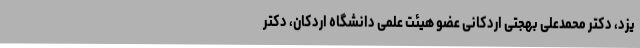
یزد، دکتر محمدعلی بهجتی اردکانی عضو هیئت علمی دانشگاه اردکان، دکتر